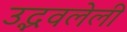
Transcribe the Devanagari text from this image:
उद्भवलेली